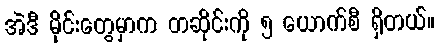
အဲဒီ မိုင်းတွေမှာက တဆိုင်းကို ၅ ယောက်စီ ရှိတယ်။